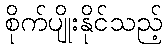
စိုက်ပျိုးနိုင်သည့်